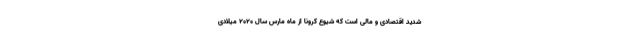
شدید اقتصادی و مالی است که شیوع کرونا از ماه مارس سال ۲۰۲۰ میلادی